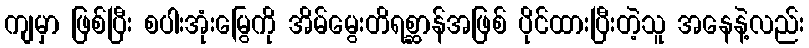
ကျမှာ ဖြစ်ပြီး စပါးအုံးမြွေကို အိမ်မွေးတိရစ္ဆာန်အဖြစ် ပိုင်ထားပြီးတဲ့သူ အနေနဲ့လည်း